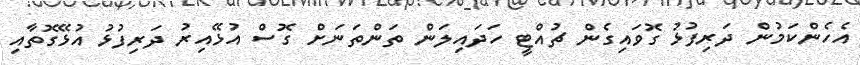
އެހެންކަމުން ދަރިފުޅު ގޮވައިގެން ޗުއްޓީ ހަދައިލަން ތަންތަނަށް ގޮސް އުޅޭއިރު ދަރިފުޅު އުޅޭގޮތާއި